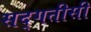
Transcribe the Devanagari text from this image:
सद्गतीसी